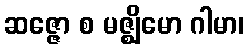
ဆဇ္ဇော စ မဇ္ဈိမော ဂါမာ၊